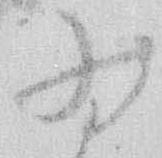
為